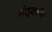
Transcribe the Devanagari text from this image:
नंदवर्धन